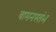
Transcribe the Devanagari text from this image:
वामनस्तंभ